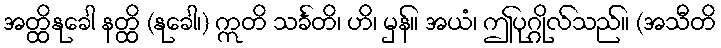
အတ္ထိနုခေါ နတ္ထိ (နုခေါ၊) ဣတိ သင်္ခတိ၊ ဟိ၊ မှန်။ အယံ၊ ဤပုဂ္ဂိုလ်သည်။ (အသီတိ